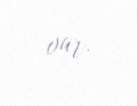
var.